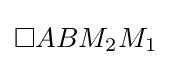
\square ABM_{2}M_{1}